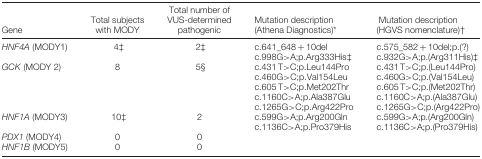
<table><thead><tr><td><b>Gene</b></td><td><b>Total subjects with MODY</b></td><td><b>Total number of VUS‐determined pathogenic</b></td><td><b>Mutation description (Athena Diagnostics)*</b></td><td><b>Mutation description (HGVS nomenclature)†</b></td></tr></thead><tbody><tr><td rowspan="2"><i>HNF4A</i> (MODY1)</td><td rowspan="2">4‡</td><td rowspan="2">2‡</td><td>c.641_648 + 10del</td><td>c.575_582 + 10del;p.(?)</td></tr><tr><td>c.998G&gt;A;p.Arg333His‡</td><td>c.932G&gt;A;p.(Arg311His)‡</td></tr><tr><td rowspan="5"><i>GCK</i> (MODY 2)</td><td rowspan="5">8</td><td rowspan="5">5§</td><td>c.431 T&gt;C;p.Leu144Pro</td><td>c.431 T&gt;C;p.(Leu144Pro)</td></tr><tr><td>c.460G&gt;C;p.Val154Leu</td><td>c.460G&gt;C;p.(Val154Leu)</td></tr><tr><td>c.605 T&gt;C;p.Met202Thr</td><td>c.605 T&gt;C;p.(Met202Thr)</td></tr><tr><td>c.1160C&gt;A;p.Ala387Glu</td><td>c.1160C&gt;A;p.(Ala387Glu)</td></tr><tr><td>c.1265G&gt;C;p.Arg422Pro</td><td>c.1265G&gt;C;p.(Arg422Pro)</td></tr><tr><td rowspan="2"><i>HNF1A</i> (MODY3)</td><td rowspan="2">10‡</td><td rowspan="2">2</td><td>c.599G&gt;A;p.Arg200Gln</td><td>c.599G&gt;A;p.(Arg200Gln)</td></tr><tr><td>c.1136C&gt;A;p.Pro379His</td><td>c.1136C&gt;A;p.(Pro379His)</td></tr><tr><td><i>PDX1</i> (MODY4)</td><td>0</td><td>0</td><td></td><td></td></tr><tr><td><i>HNF1B</i> (MODY5)</td><td>0</td><td>0</td><td></td><td></td></tr></tbody></table>